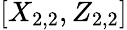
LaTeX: [X_{2,2},Z_{2,2}]